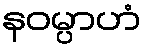
နဝမ္ပာဟံ